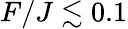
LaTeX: F/J\lesssim 0.1